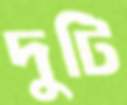
দুটি